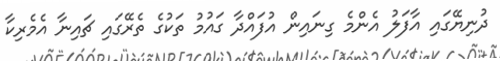
ދުނިޔޭގައި އާފަލު އެންމެ ގިނައިން އުފައްދާ ގައުމު ތަކުގެ ތެރޭގައި ޗައިނާ އެމެރިކާ